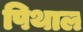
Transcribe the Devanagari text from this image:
पिथाल